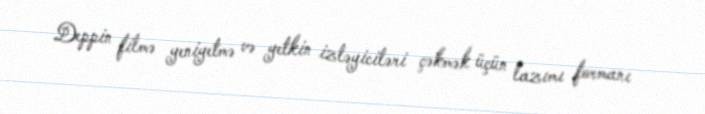
Deppin filmə yeniyetmə və yetkin izləyiciləri çəkmək üçün lazımı formanı